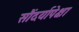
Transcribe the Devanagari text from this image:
सौंदर्यापेक्षा